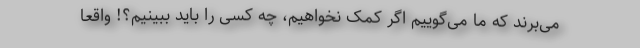
می‌برند که ما می‌گوییم اگر کمک نخواهیم، چه کسی را باید ببینیم؟! واقعاً